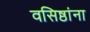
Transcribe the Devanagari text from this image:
वसिष्ठांना